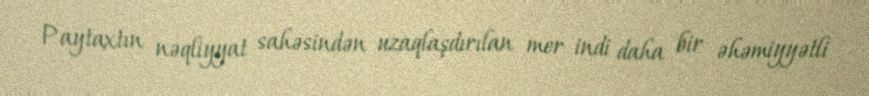
Paytaxtın nəqliyyat sahəsindən uzaqlaşdırılan mer indi daha bir əhəmiyyətli